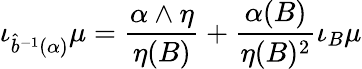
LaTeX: \iota_{\hat{b}^{-1}(\alpha)}\mu=\frac{\alpha\wedge\eta}{\eta(B)}+\frac{\alpha(B)}{\eta(B)^{2}}\iota_{B}\mu